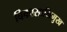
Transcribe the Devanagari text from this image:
विकासाभिमुख